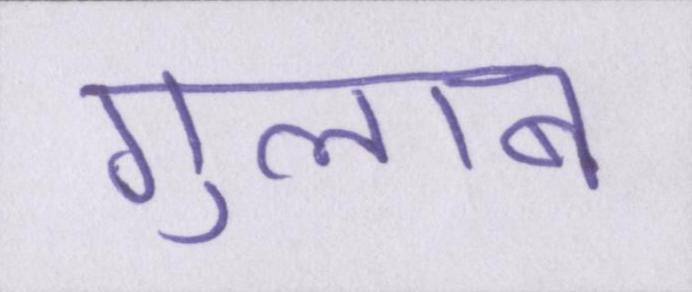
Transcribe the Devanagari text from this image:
गुलाब